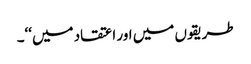
طریقوں میں اور اعتقاد میں‘‘۔